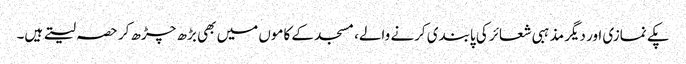
پکے نمازی اور دیگر مذہبی شعائر کی پابندی کرنے والے، مسجد کے کاموں میں بھی بڑھ چڑھ کر حصہ لیتے ہیں۔